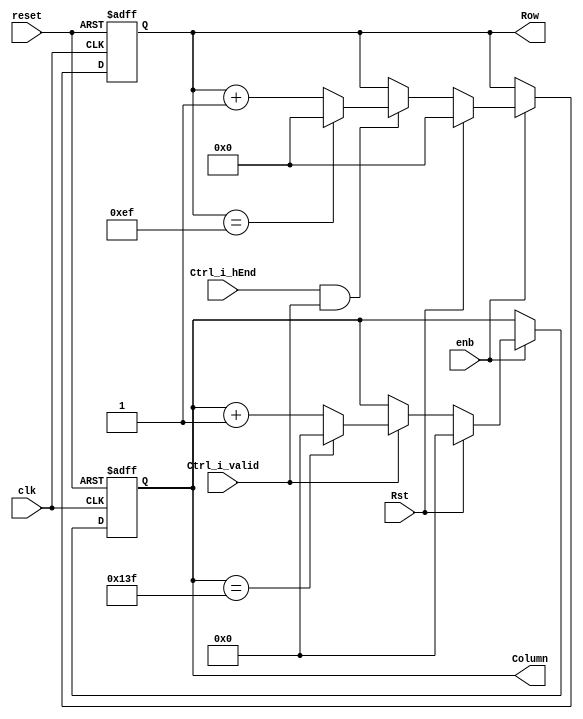
// -------------------------------------------------------------
// 
// 
// Generated by MATLAB 9.13 and HDL Coder 4.0
// 
// -------------------------------------------------------------


// -------------------------------------------------------------
// 
// Module: Pix_Pos
// Source Path: BlobAnalysisHDL/BlobDetector/CCA_Algorithm/TimingSubsystem/Pix_Pos
// Hierarchy Level: 3
// 
// -------------------------------------------------------------

`timescale 1 ns / 1 ns

module Pix_Pos
          (clk,
           reset,
           enb,
           Ctrl_i_hEnd,
           Ctrl_i_valid,
           Rst,
           Column,
           Row);


  input   clk;
  input   reset;
  input   enb;
  input   Ctrl_i_hEnd;
  input   Ctrl_i_valid;
  input   Rst;
  output  [8:0] Column;  // ufix9
  output  [7:0] Row;  // uint8


  wire valid;
  wire [8:0] count_step;  // ufix9
  wire [8:0] count_from;  // ufix9
  wire [8:0] count_reset;  // ufix9
  reg [8:0] column_1;  // ufix9
  wire [8:0] count;  // ufix9
  wire need_to_wrap;
  wire [8:0] count_value;  // ufix9
  wire [8:0] count_1;  // ufix9
  wire [8:0] count_2;  // ufix9
  wire [8:0] column_2;  // ufix9
  wire hEnd;
  wire Logical_Operator_out1;
  wire [7:0] count_step_1;  // uint8
  wire [7:0] count_from_1;  // uint8
  wire [7:0] count_reset_1;  // uint8
  reg [7:0] row_1;  // uint8
  wire [7:0] count_3;  // uint8
  wire need_to_wrap_1;
  wire [7:0] count_value_1;  // uint8
  wire [7:0] count_4;  // uint8
  wire [7:0] count_5;  // uint8
  wire [7:0] row_2;  // uint8


  assign valid = Ctrl_i_valid;

  // Count limited, Unsigned Counter
  //  initial value   = 0
  //  step value      = 1
  //  count to value  = 319
  assign count_step = 9'b000000001;



  assign count_from = 9'b000000000;



  assign count_reset = 9'b000000000;



  assign count = column_1 + count_step;



  assign need_to_wrap = column_1 == 9'b100111111;



  assign count_value = (need_to_wrap == 1'b0 ? count :
              count_from);



  assign count_1 = (valid == 1'b0 ? column_1 :
              count_value);



  assign count_2 = (Rst == 1'b0 ? count_1 :
              count_reset);



  always @(posedge clk or posedge reset)
    begin : ColumnCntr_process
      if (reset == 1'b1) begin
        column_1 <= 9'b000000000;
      end
      else begin
        if (enb) begin
          column_1 <= count_2;
        end
      end
    end



  assign column_2 = column_1;

  assign Column = column_2;

  assign hEnd = Ctrl_i_hEnd;

  assign Logical_Operator_out1 = hEnd & valid;



  // Count limited, Unsigned Counter
  //  initial value   = 0
  //  step value      = 1
  //  count to value  = 239
  assign count_step_1 = 8'b00000001;



  assign count_from_1 = 8'b00000000;



  assign count_reset_1 = 8'b00000000;



  assign count_3 = row_1 + count_step_1;



  assign need_to_wrap_1 = row_1 == 8'b11101111;



  assign count_value_1 = (need_to_wrap_1 == 1'b0 ? count_3 :
              count_from_1);



  assign count_4 = (Logical_Operator_out1 == 1'b0 ? row_1 :
              count_value_1);



  assign count_5 = (Rst == 1'b0 ? count_4 :
              count_reset_1);



  always @(posedge clk or posedge reset)
    begin : RowCntr_process
      if (reset == 1'b1) begin
        row_1 <= 8'b00000000;
      end
      else begin
        if (enb) begin
          row_1 <= count_5;
        end
      end
    end



  assign row_2 = row_1;

  assign Row = row_2;

endmodule  // Pix_Pos